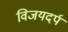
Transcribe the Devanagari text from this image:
विजयदर्प